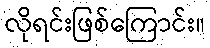
လိုရင်းဖြစ်ကြောင်း။